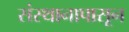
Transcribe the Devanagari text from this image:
संस्थानापासून